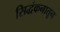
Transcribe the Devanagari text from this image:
सिद्धंकनातून